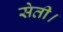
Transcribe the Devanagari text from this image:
सेती।